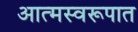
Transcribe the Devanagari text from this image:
आत्मस्वरूपात